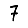
Digit: 7